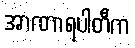
အာဏာရပါတီက